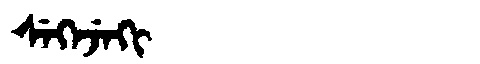
Manchu: ᠰᡝᡴᡝᠵᡝᡴᡳ
Romanization: SEKEJEKI